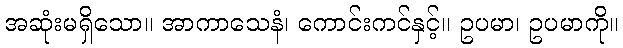
အဆုံးမရှိသော။ အာကာသေနံ၊ ကောင်းကင်နှင့်။ ဥပမာ၊ ဥပမာကို။